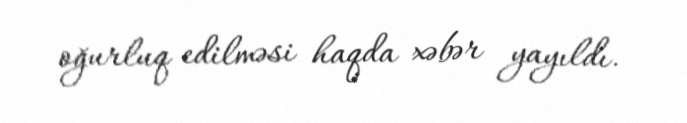
oğurluq edilməsi haqda xəbər yayıldı.